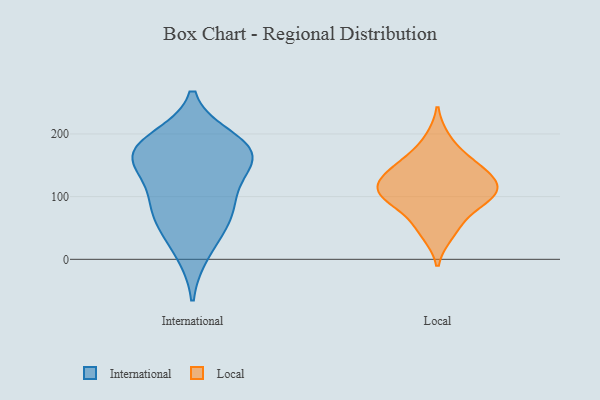
{"axis": {"x": "Operating Costs (USD K)", "y": "Value"}, "legend": ["International", "Local"], "data": [{"x": "", "y": 164, "type": "International"}, {"x": "", "y": 174, "type": "International"}, {"x": "", "y": 163, "type": "International"}, {"x": "", "y": 154, "type": "International"}, {"x": "", "y": 65, "type": "International"}, {"x": "", "y": 12, "type": "International"}, {"x": "", "y": 60, "type": "International"}, {"x": "", "y": 190, "type": "International"}, {"x": "", "y": 174, "type": "International"}, {"x": "", "y": 104, "type": "International"}, {"x": "", "y": 91, "type": "International"}, {"x": "", "y": 56, "type": "Local"}, {"x": "", "y": 92, "type": "Local"}, {"x": "", "y": 149, "type": "Local"}, {"x": "", "y": 114, "type": "Local"}, {"x": "", "y": 115, "type": "Local"}, {"x": "", "y": 191, "type": "Local"}, {"x": "", "y": 41, "type": "Local"}, {"x": "", "y": 125, "type": "Local"}, {"x": "", "y": 149, "type": "Local"}, {"x": "", "y": 108, "type": "Local"}, {"x": "", "y": 151, "type": "Local"}, {"x": "", "y": 106, "type": "Local"}, {"x": "", "y": 90, "type": "Local"}]}